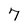
Character: 7